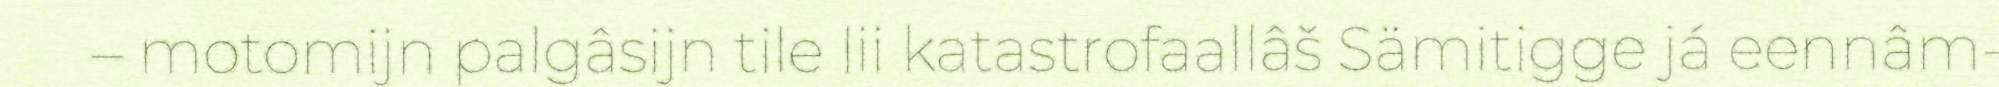
– motomijn palgâsijn tile lii katastrofaallâš Sämitigge já eennâm-